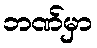
ဘဏ်မှာ